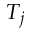
T _ { j }